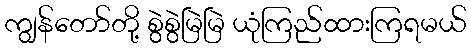
ကျွန်တော်တို့ စွဲစွဲမြဲမြဲ ယုံကြည်ထားကြရမယ်